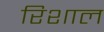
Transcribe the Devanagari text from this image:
रिशाल